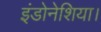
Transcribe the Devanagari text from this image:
इंडोनेशिया।